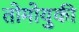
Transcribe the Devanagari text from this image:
तोमोयुकी